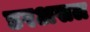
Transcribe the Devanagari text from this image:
डरअसल